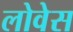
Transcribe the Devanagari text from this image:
लोवेस